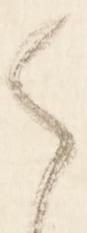
御